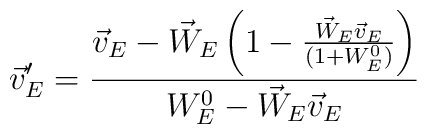
\vec{v}'_E = \frac{\vec{v}_E - \vec{W}_E \left(1 - \frac{\vec{W}_E \vec{v}_E}{(1 + W^0_E)}\right)}{W^0_E - \vec{W}_E \vec{v}_E}